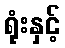
ရုံးနှင့်